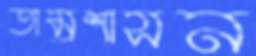
তাম্রশাসন